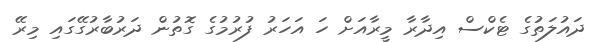
ދައުލަތުގެ ޓެކްސް އިދާރާ މީރާއަށް ހަ އަހަރު ފުރުމުގެ ގޮތުން ދަރުބާރުގޭގައި މިރޭ